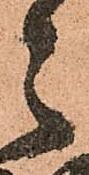
之